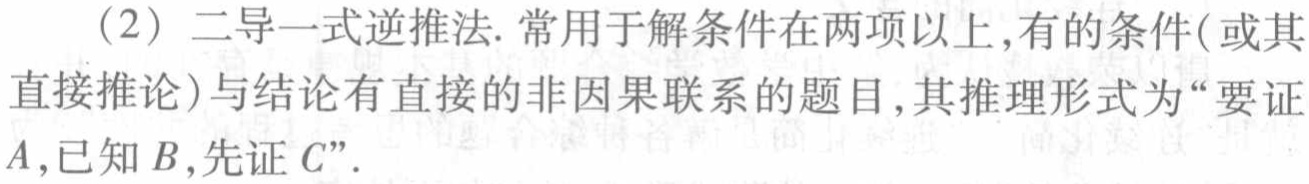
(2) 二导一式逆推法. 常用于解条件在两项以上,有的条件(或其直接推论)与结论有直接的非因果联系的题目,其推理形式为“要证\(A\),已知\(B\),先证\(C\)”.